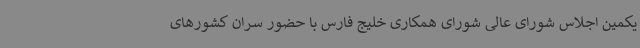
یکمین اجلاس شورای عالی شورای همکاری خلیج فارس با حضور سران کشورهای